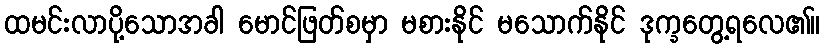
ထမင်းလာပို့သောအခါ မောင်ဖြတ်စမှာ မစားနိုင် မသောက်နိုင် ဒုက္ခတွေ့ရလေ၏။